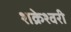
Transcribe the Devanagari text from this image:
शक्रेश्वरी